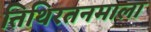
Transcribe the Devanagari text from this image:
तिथिरतनमाला